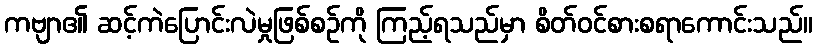
ကဗျာ၏ ဆင့်ကဲပြောင်းလဲမှုဖြစ်စဉ်ကို ကြည့်ရသည်မှာ စိတ်ဝင်စားစရာကောင်းသည်။